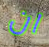
ان